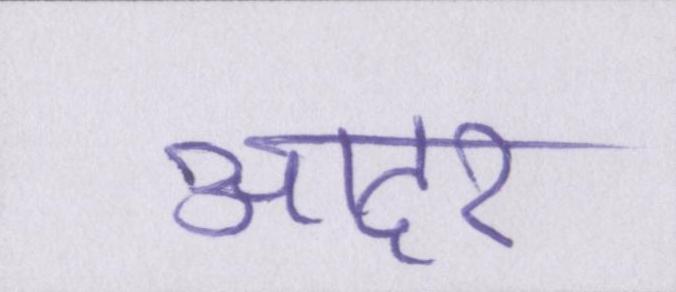
आदर